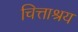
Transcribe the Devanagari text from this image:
चित्ताश्रय